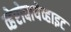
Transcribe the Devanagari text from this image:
व्हेरोबायेव्हाइट